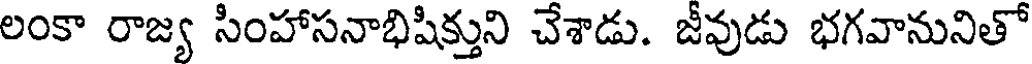
లంకా రాజ్య సింహాసనాభిషిక్తుని చేశాడు. జీవుడు భగవానునితో